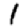
Digit: 1